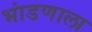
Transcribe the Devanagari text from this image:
भांडणाला